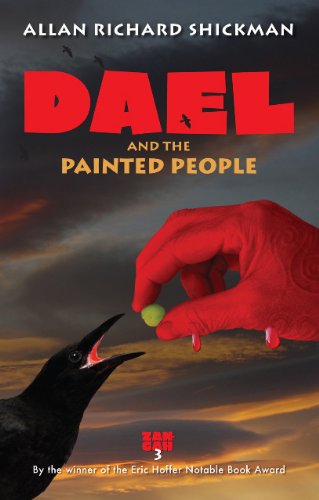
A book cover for Dael and the Painted People (Zan-Gah); Allan Richard Shickman; Teen & Young Adult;